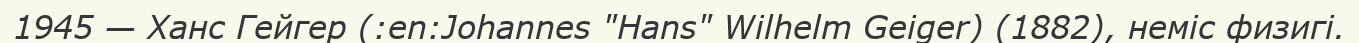
1945 — Ханс Гейгер (:en:Johannes "Hans" Wilhelm Geiger) (1882), неміс физигі.